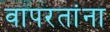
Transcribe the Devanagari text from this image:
वापरतांना